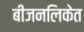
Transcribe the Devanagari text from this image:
बीजनलिकेत